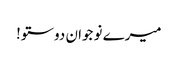
میرے نو جوان دوستو!